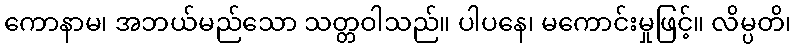
ကောနာမ၊ အဘယ်မည်သော သတ္တဝါသည်။ ပါပနေ၊ မကောင်းမှုဖြင့်။ လိမ္ပတိ၊